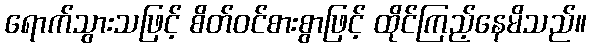
ရောက်သွားသဖြင့် စိတ်ဝင်စားစွာဖြင့် ထိုင်ကြည့်နေမိသည်။